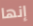
إنها